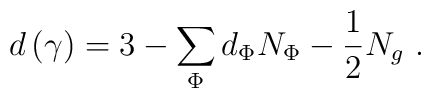
d\left( \gamma \right) =3-\sum\limits_\Phi d_\Phi N_\Phi -\frac 12N_g\,\,.